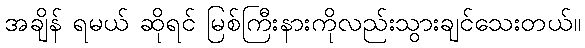
အချိန် ရမယ် ဆိုရင် မြစ်ကြီးနားကိုလည်းသွားချင်သေးတယ်။